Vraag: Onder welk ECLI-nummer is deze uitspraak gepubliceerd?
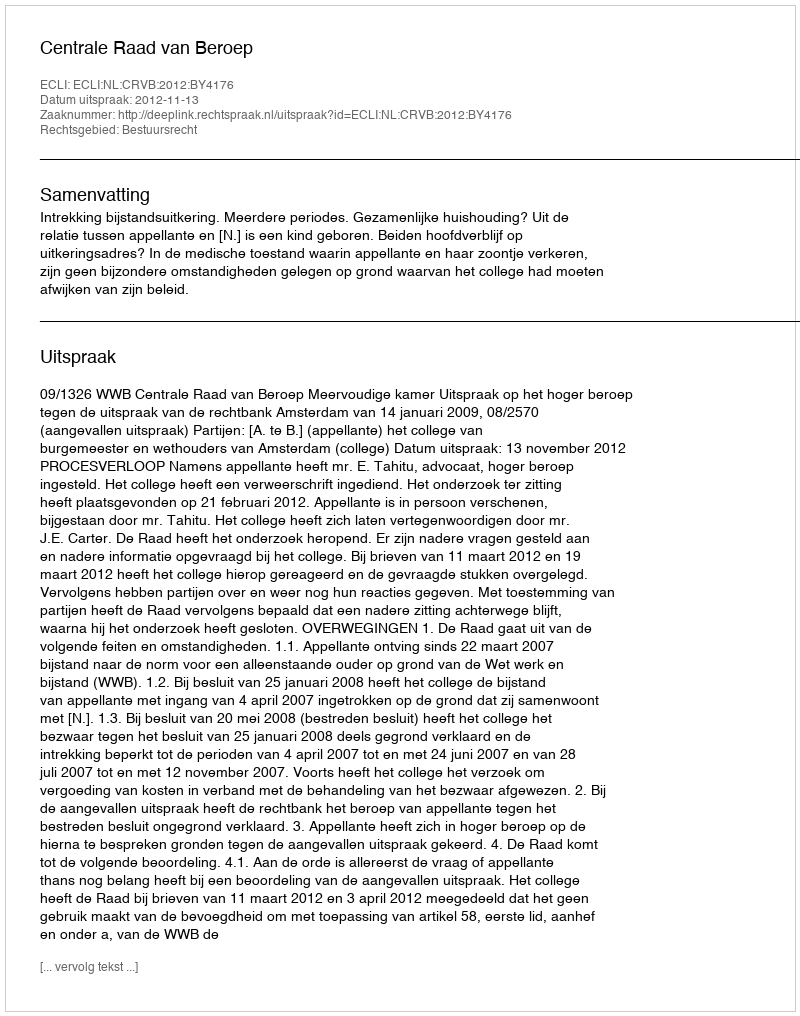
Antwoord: ECLI:NL:CRVB:2012:BY4176